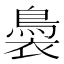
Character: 䙚